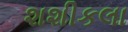
શશીકલા